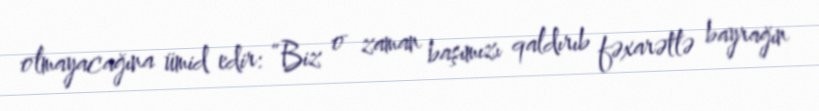
olmayacağına ümid edir: “Biz o zaman başımızı qaldırıb fəxarətlə bayrağın